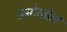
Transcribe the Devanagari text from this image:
अमोरतोल